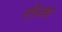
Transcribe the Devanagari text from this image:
रधिया